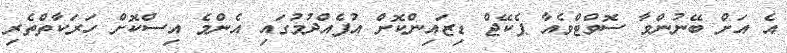
އެ އަށް ބޭނުންވާ ސޮވްޓްވެއާ ޕެކޭޖް ޑިޒައިންކޮށް އުފެއްދުމުގައި އެންމެ އިސްކޮށް ހަރަކާތްތެރި